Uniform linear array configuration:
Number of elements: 32
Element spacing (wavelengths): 1
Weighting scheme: hann
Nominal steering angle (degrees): -45
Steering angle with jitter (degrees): -44.02
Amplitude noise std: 0.05
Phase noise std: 0.05

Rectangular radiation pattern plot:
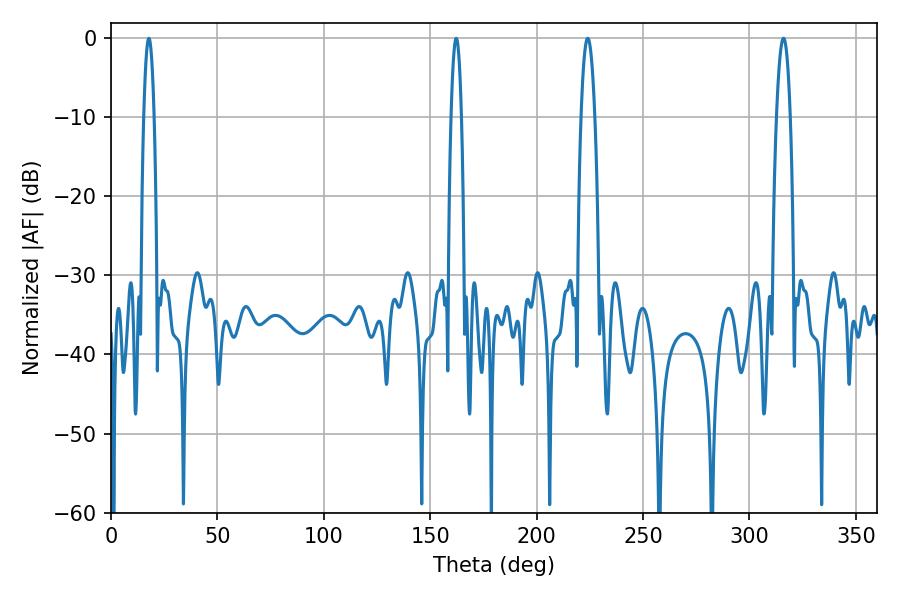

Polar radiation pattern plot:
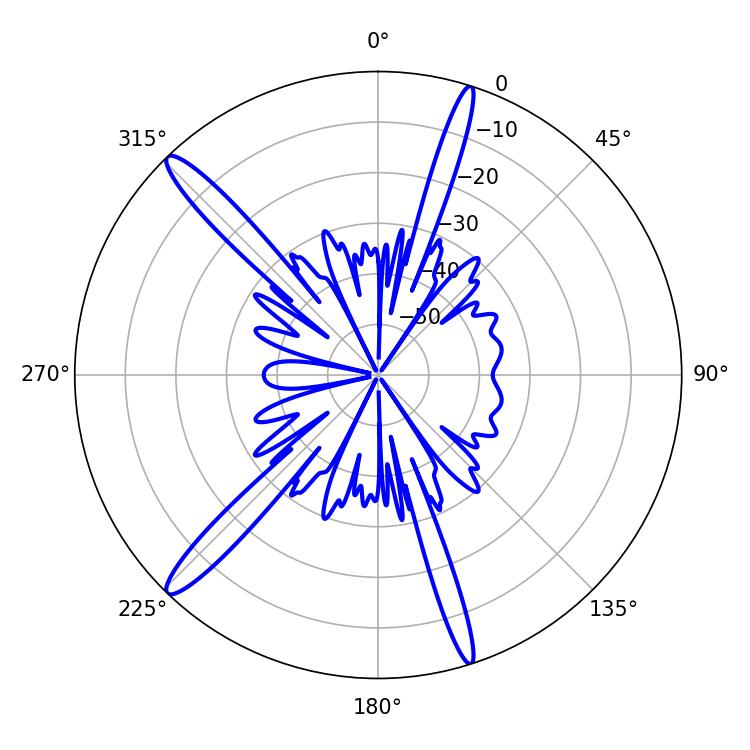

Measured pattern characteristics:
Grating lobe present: TRUE
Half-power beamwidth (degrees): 2.52
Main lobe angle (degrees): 17.82